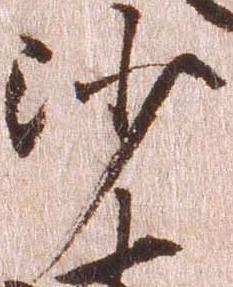
沙